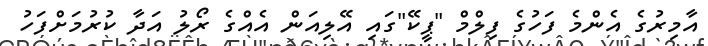
އާމިރުގެ އެންމެ ފަހުގެ ފިލްމް "ޕީކޭ"ގައި އޭލިއަން އެއްގެ ރޯލު އަދާ ކުރުމަށްފަހު